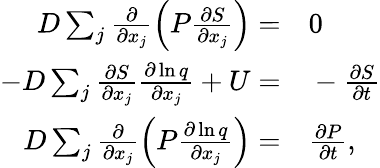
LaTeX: \begin{array}{rl}{D\sum_{j}\frac{\partial}{\partial x_{j}}\left(P\frac{\partial S}{\partial x_{j}}\right)=}&{{}0}\\ {-D\sum_{j}\frac{\partial S}{\partial x_{j}}\frac{\partial\ln q}{\partial x_{j}}+U=}&{{}-\frac{\partial S}{\partial t}}\\ {D\sum_{j}\frac{\partial}{\partial x_{j}}\left(P\frac{\partial\ln q}{\partial x_{j}}\right)=}&{{}\frac{\partial P}{\partial t},}\end{array}